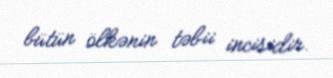
bütün ölkənin təbii incisidir.